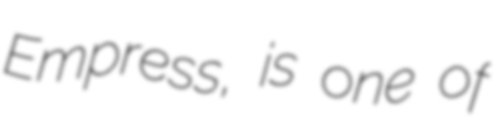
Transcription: Empress, is one of